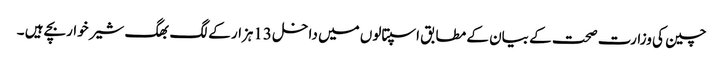
چین کی وزارت صحت کے بیان کے مطابق اسپتالوں میں داخل 13ہزار کے لگ بھگ شیر خواربچے ہیں ۔